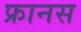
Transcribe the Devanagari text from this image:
फ्रानस